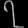
Digit: ၇